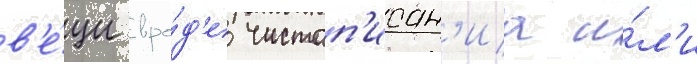
в'е́щи вро́д'е чистоп'исан'иа и́л'и